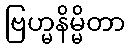
ဗြဟ္မနိမ္မိတာ